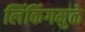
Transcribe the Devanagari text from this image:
लिंकिंगमुळे